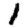
Digit: 1